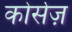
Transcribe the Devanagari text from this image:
कोर्सेज़